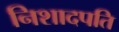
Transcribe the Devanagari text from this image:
निशादपति